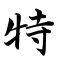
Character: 特